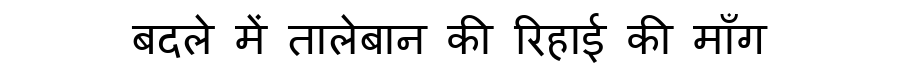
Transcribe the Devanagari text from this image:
बदले में तालेबान की रिहाई की माँग